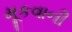
મૂકવાની